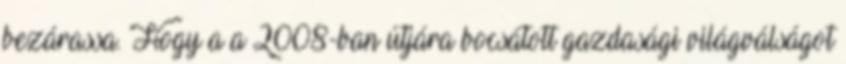
bezárassa. Hogy a a 2008-ban útjára bocsátott gazdasági világválságot